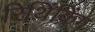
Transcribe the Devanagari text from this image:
रिथिंकिंग